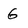
Character: 6